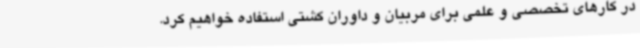
در کارهای تخصصی و علمی برای مربیان و داوران کشتی استفاده خواهیم کرد.